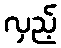
လှည့်